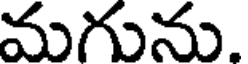
మగును.